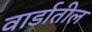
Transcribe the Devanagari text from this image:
वार्डातील